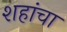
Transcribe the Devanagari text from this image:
शहांचा